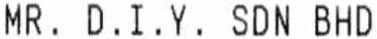
MR. D.I.Y. SDN BHD